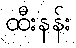
ထီးနန်း